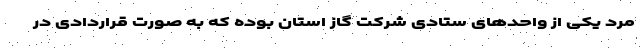
مرد یکی از واحدهای ستادی شرکت گاز استان بوده که به صورت قراردادی در